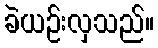
ခဲယဉ်းလှသည်။